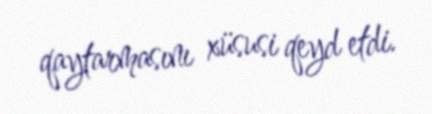
qaytarmasını xüsusi qeyd etdi.